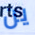
ين